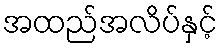
အထည်အလိပ်နှင့်